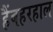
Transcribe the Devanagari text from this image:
हैंबहरहाल